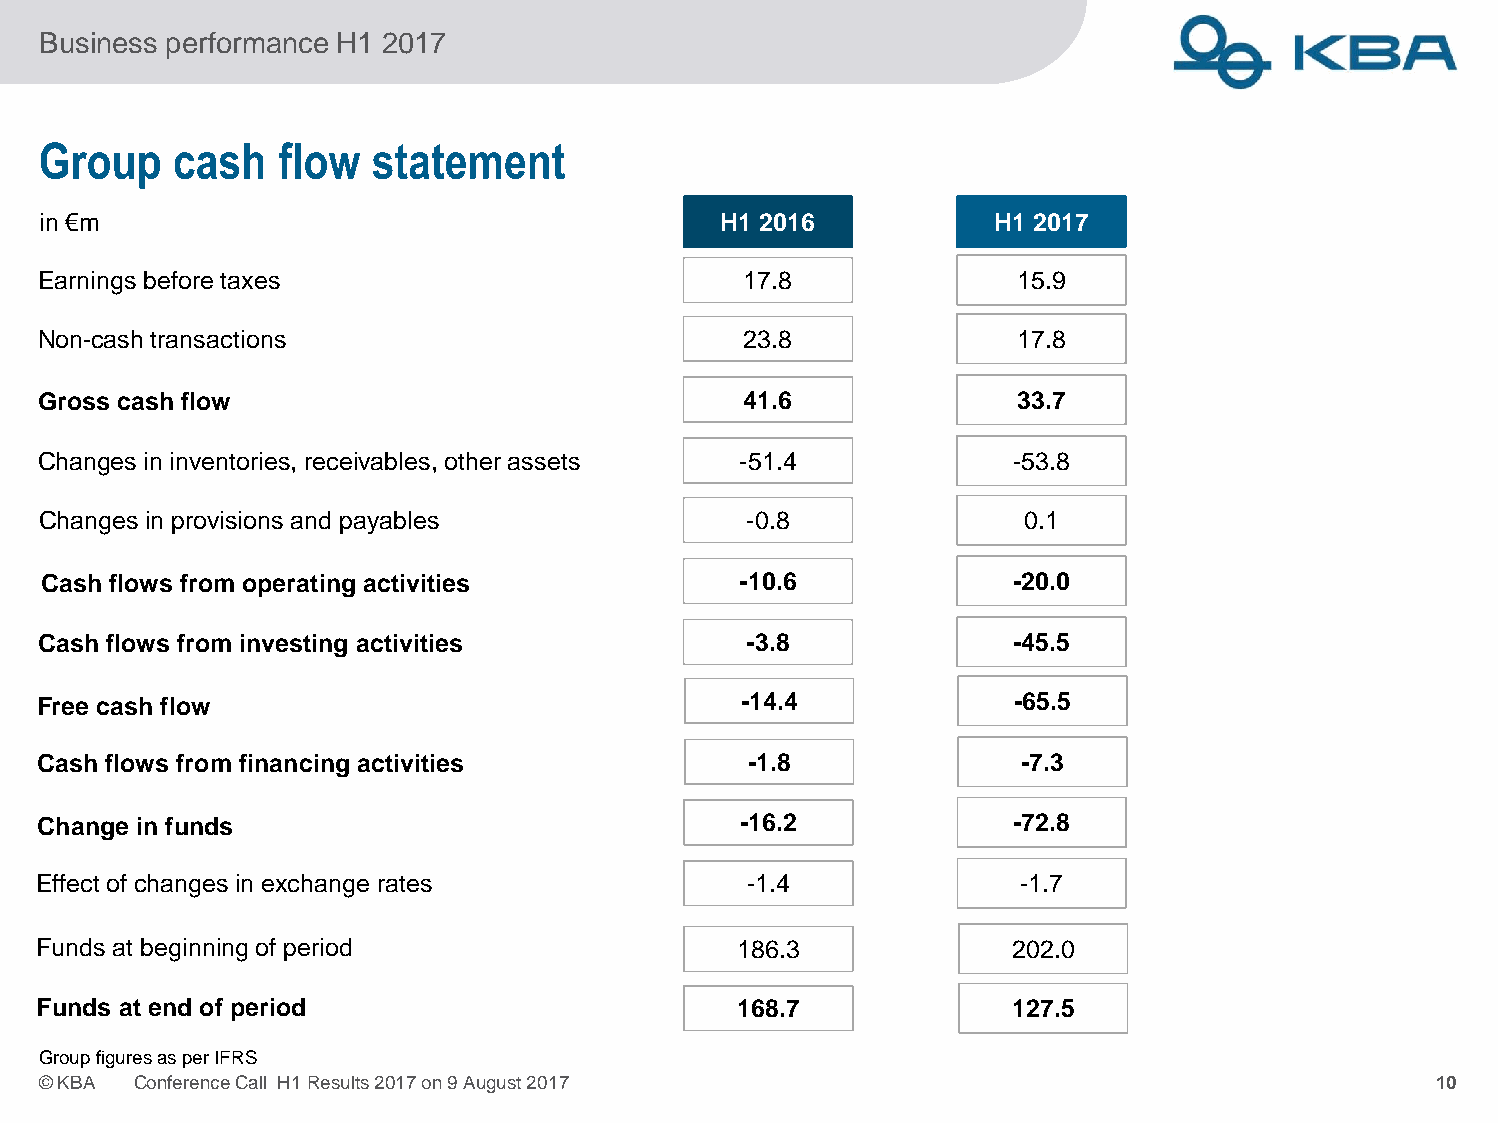
Business performance H1 2017
 Group    cash   flow  statement
 in €m                                        H1 2016           H1 2017
 Earnings beforetaxes                           17.8              15.9
 Non-cash transactions                          23.8              17.8
 Gross cash flow                                41.6              33.7
 Changesin inventories, receivables, other assets -51.4           -53.8
 Changesin provisions and payables              -0.8              0.1
 Cash flows from operating activities          -10.6              -20.0
 Cash flows from investing activities           -3.8              -45.5
 Free cash flow                                 -14.4             -65.5
 Cash flows from financing activities           -1.8              -7.3
 Change in funds                               -16.2              -72.8
 Effect of changesin exchange rates             -1.4              -1.7
 Funds at beginningof period                   186.3             202.0
 Funds at end of period                        168.7             127.5
 GroupfiguresasperIFRS
 ©KBA  ConferenceCall H1Results2017on9August2017                                              10